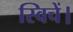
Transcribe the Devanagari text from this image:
स्विचें।